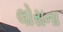
લોસના